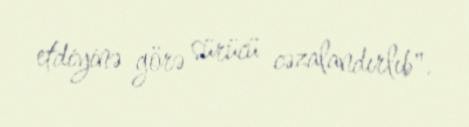
etdiyinə görə sürücü cəzalandırlıb".